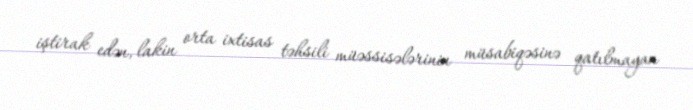
iştirak edən, lakin orta ixtisas təhsili müəssisələrinin müsabiqəsinə qatılmayan